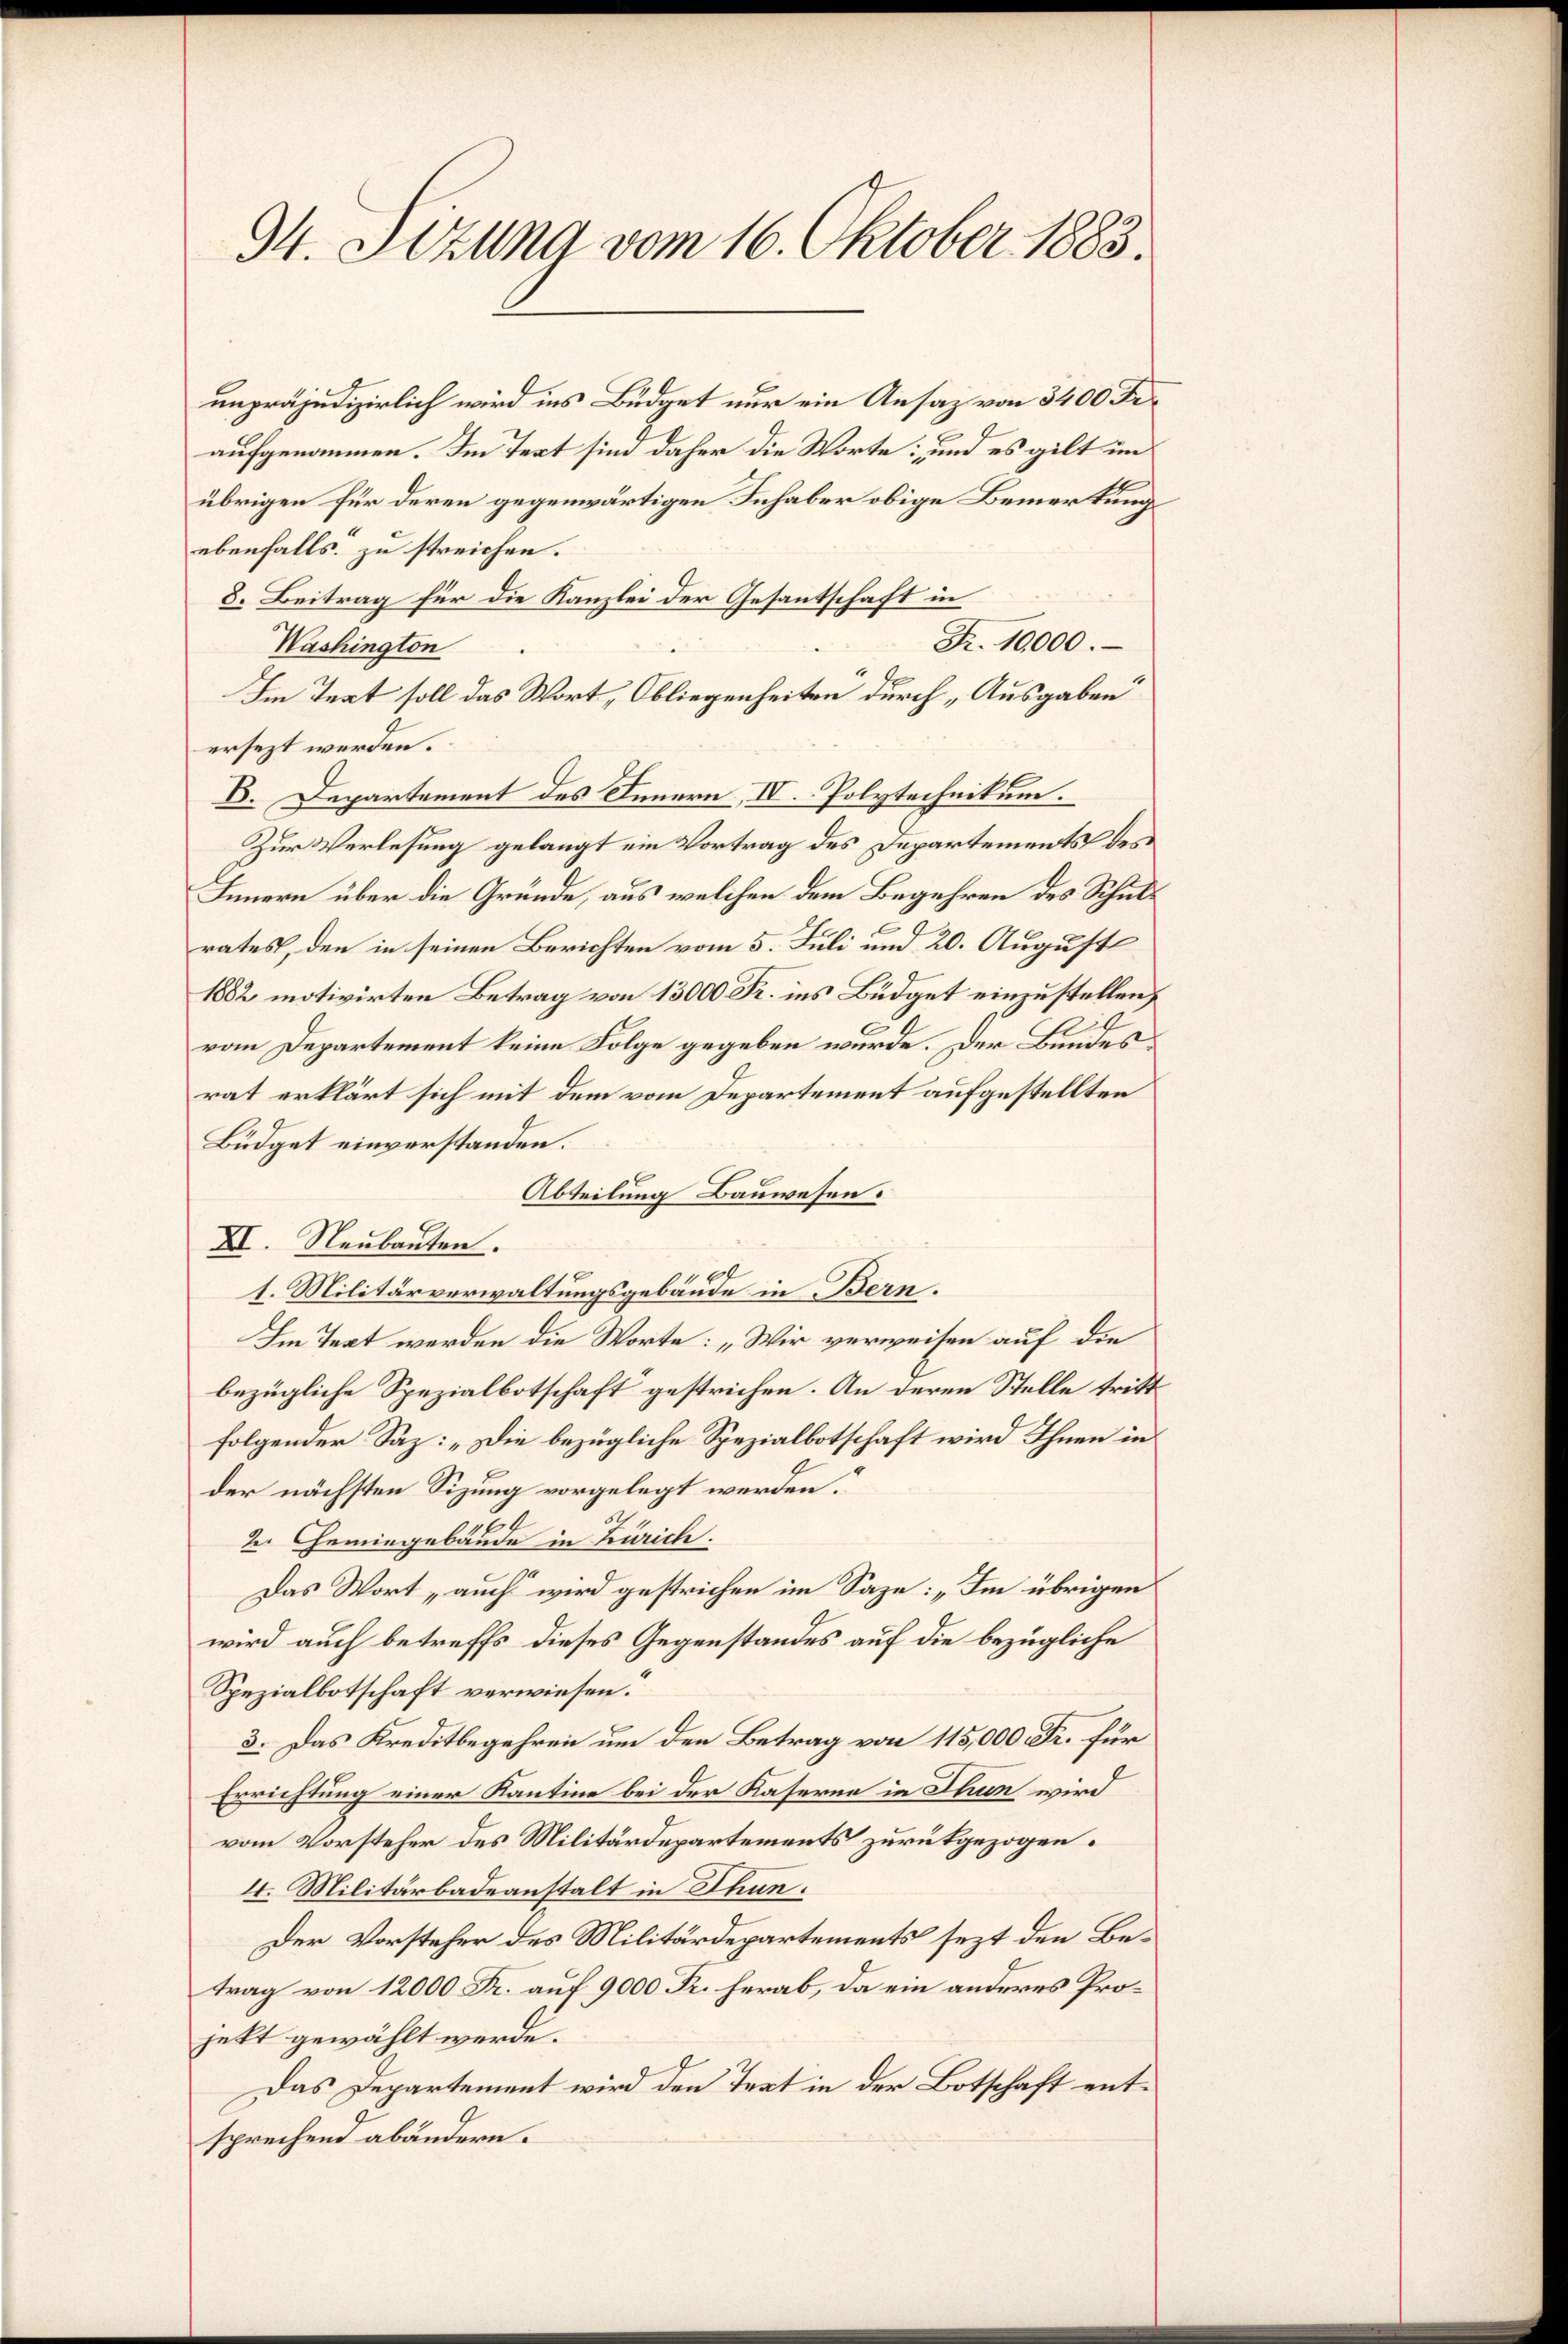
34. Sizung vom 16. Oktober 1883.

unpräjudizierlich wird ins Büdget nur ein Ansaz von 3400 Fr.
aufgenommen. Im Text sind daher die Worte: und es gilt im
übrigen für deren gegenwärtigen Inhaber obige Bemerkung
ebenfalls zu streichen.
8. Beitrag für die Kanzlei der Gesantschaft in
Fr. 10,000.
Washington
Im Text soll das Wort, Obliegenheiten durch „Ausgaben
ersezt werden.
D. Departement des Innern, IV. Polytechnikum.
Zur Verlesung gelangt ein Vortrag des Departements des
Innern über die Gründe, aus welchen dem Begehren des Schulrates, den in seinen Berichten vom 5. Juli und 20. August
1882 motivirten Betrag von 13000 Fr. ins Büdget einzustellen,
vom Departement keine Folge gegeben würde. Der Bundesrat erklärt sich mit dem vom Departement aufgestellten
Büdget einverstanden.
Abteilung Bauwesen.
XI. Neubauten.
l
s. Militärverwaltungsgebäude in Bern.
Im Text werden die Worte: „Wir verweisen auf die
bezügliche Spezialbotschaft gestrichen. An deren Stelle tritt
folgender Saz: „Die bezügliche Spezialbotschaft wird Ihnen in
der nächsten Sitzung vorgelegt werden.
.
2. Gemingebäude in Zürich.
Das Wort „auch wird gestrichen im Saze: „Im übrigen
wird auch betreffs dieses Gegenstandes auf die bezügliche
Spezialbotschaft verwiesen.
3. Das Kreditbegehren um den Betrag von 115,000 Fr. für
Errichtung einer Kantine bei der Kaserne in Thun wird
vom Vorsteher des Militärdepartements zurükgezogen.
4. Militärbadeanstalt in Thun.
Der Vorsteher des Militärdepartements sezt den Betrag von 12000 Fr. auf 9000 Fr. herab, da ein anderes Projekt gewählt werde.
Das Departement wird den Text in der Botschaft entsprechend abändern.